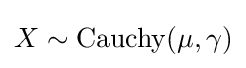
X\sim \operatorname {Cauchy} (\mu ,\gamma )